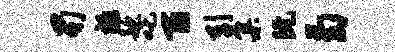
蜀禄款吒百引集阮菊